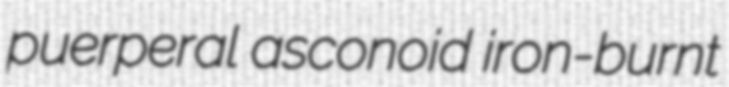
puerperal asconoid iron-burnt